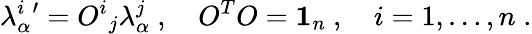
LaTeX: \lambda_{\alpha}^{i}{'}={O^{i}}_{j}\lambda_{\alpha}^{j}\ ,\quad O^{T}O={\mathbf 1}_{n}\ ,\quad i=1,\dots,n\; .